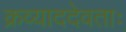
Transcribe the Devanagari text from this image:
क्रव्याददेवताः